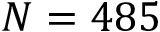
N = 4 8 5